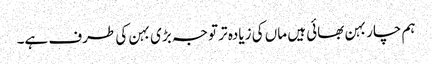
ہم چار بہن بھائی ہیں ماں کی زیادہ تر توجہ بڑی بہن کی طرف ہے۔